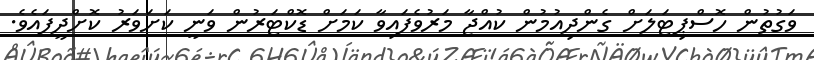
ވަގުތުން ހޮސްޕިޓަލަށް ގެންދިއުމުން ކުއްޖާ މަރުވެފައިވާ ކަމަށް ޑޮކްޓަރުން ވަނީ ކަށަވަރު ކޮށްދީފައެވެ.